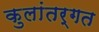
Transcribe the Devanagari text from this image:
कुलांतर्गत